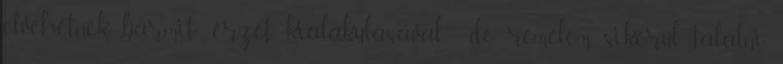
elvehetnek bármit” érzet kialakulásával , de remélem, sikerül találni